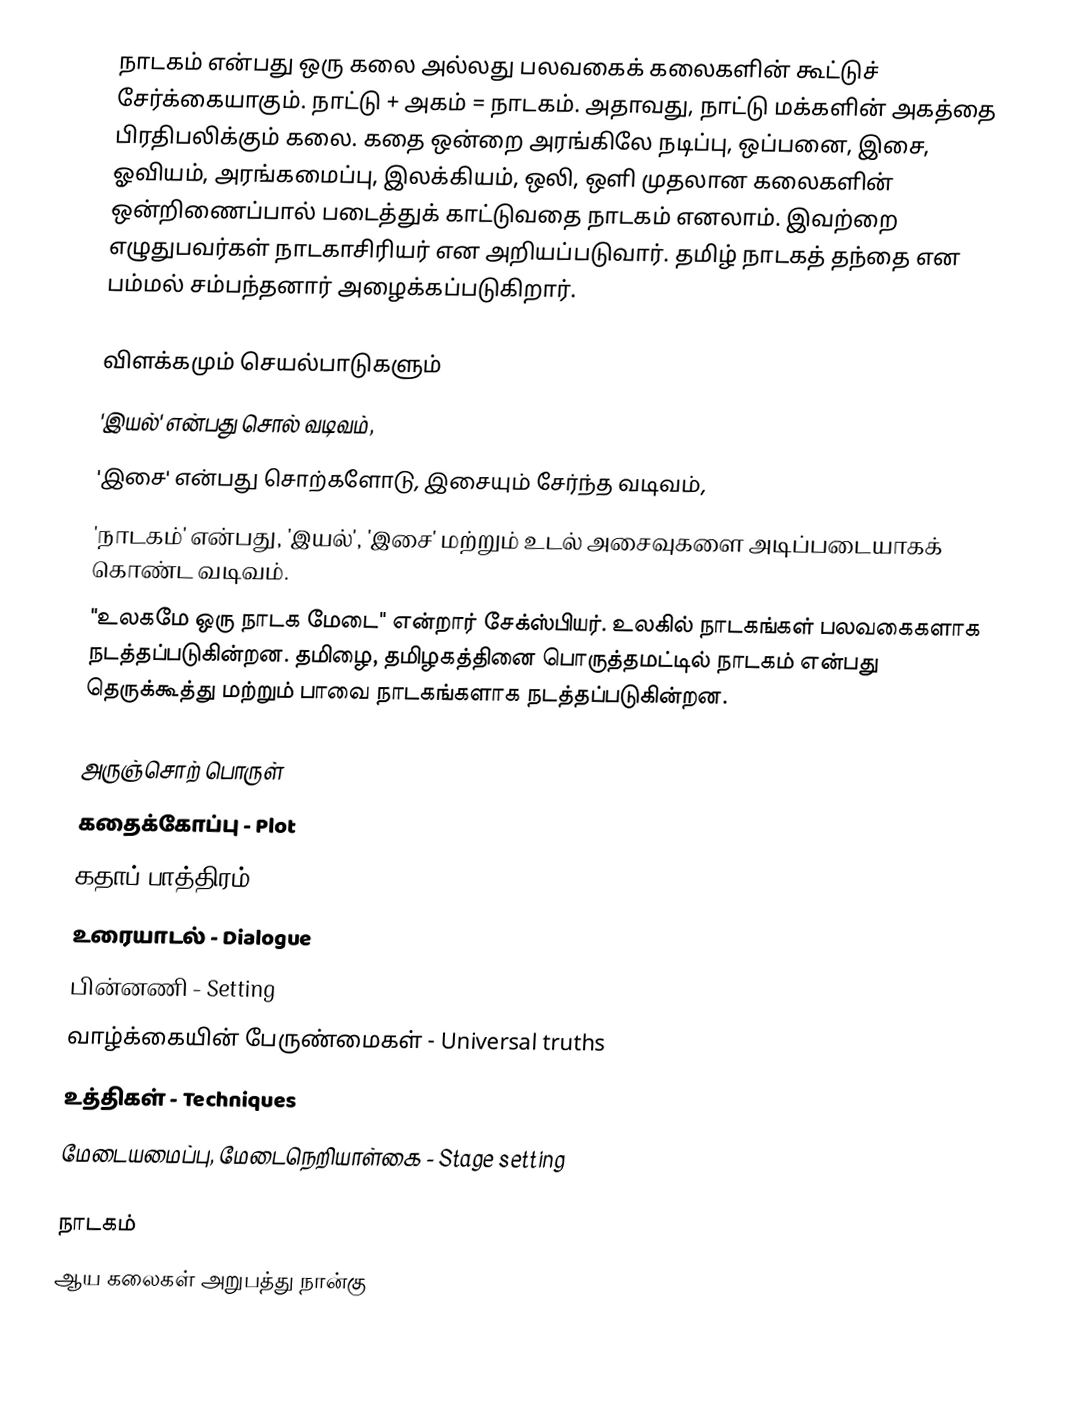
நாடகம் என்பது ஒரு கலை அல்லது பலவகைக் கலைகளின் கூட்டுச் சேர்க்கையாகும். நாட்டு + அகம் = நாடகம். அதாவது, நாட்டு மக்களின் அகத்தை பிரதிபலிக்கும் கலை. கதை ஒன்றை அரங்கிலே நடிப்பு, ஒப்பனை, இசை, ஓவியம், அரங்கமைப்பு, இலக்கியம், ஒலி, ஒளி முதலான கலைகளின் ஒன்றிணைப்பால் படைத்துக் காட்டுவதை நாடகம் எனலாம். இவற்றை எழுதுபவர்கள் நாடகாசிரியர் என அறியப்படுவார். தமிழ் நாடகத் தந்தை என பம்மல் சம்பந்தனார் அழைக்கப்படுகிறார்.

விளக்கமும் செயல்பாடுகளும்
'இயல்' என்பது சொல் வடிவம்,
'இசை' என்பது சொற்களோடு, இசையும் சேர்ந்த வடிவம்,
'நாடகம்' என்பது, 'இயல்', 'இசை' மற்றும் உடல் அசைவுகளை அடிப்படையாகக் கொண்ட வடிவம்.
"உலகமே ஒரு நாடக மேடை" என்றார் சேக்ஸ்பியர். உலகில் நாடகங்கள் பலவகைகளாக நடத்தப்படுகின்றன. தமிழை, தமிழகத்தினை பொருத்தமட்டில் நாடகம் என்பது தெருக்கூத்து மற்றும் பாவை நாடகங்களாக நடத்தப்படுகின்றன.

அருஞ்சொற் பொருள்
 கதைக்கோப்பு - Plot
 கதாப் பாத்திரம் - Character
 உரையாடல் - Dialogue
 பின்னணி - Setting
 வாழ்க்கையின் பேருண்மைகள் - Universal truths
 உத்திகள் - Techniques
 மேடையமைப்பு, மேடைநெறியாள்கை - Stage setting

நாடகம்
ஆய கலைகள் அறுபத்து நான்கு